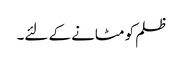
ظلم کو مٹانے کے لئے۔